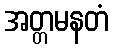
အတ္တမနတံ